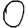
Digit: 0